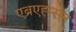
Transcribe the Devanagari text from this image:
एब्रएह्म्सन